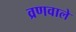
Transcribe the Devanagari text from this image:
व्रणवाले